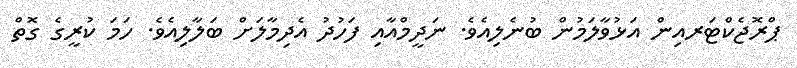
ޕްރޮޖެކްޓަރއިން އަޅުވާލަމުން ބުނެލިއެވެ. ނަދީމްއާއި ފަހުދު އެދިމާލަށް ބަލާލިއެވެ. ހަމަ ކުރީގެ ގޮތް